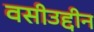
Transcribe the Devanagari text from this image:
वसीउद्दीन